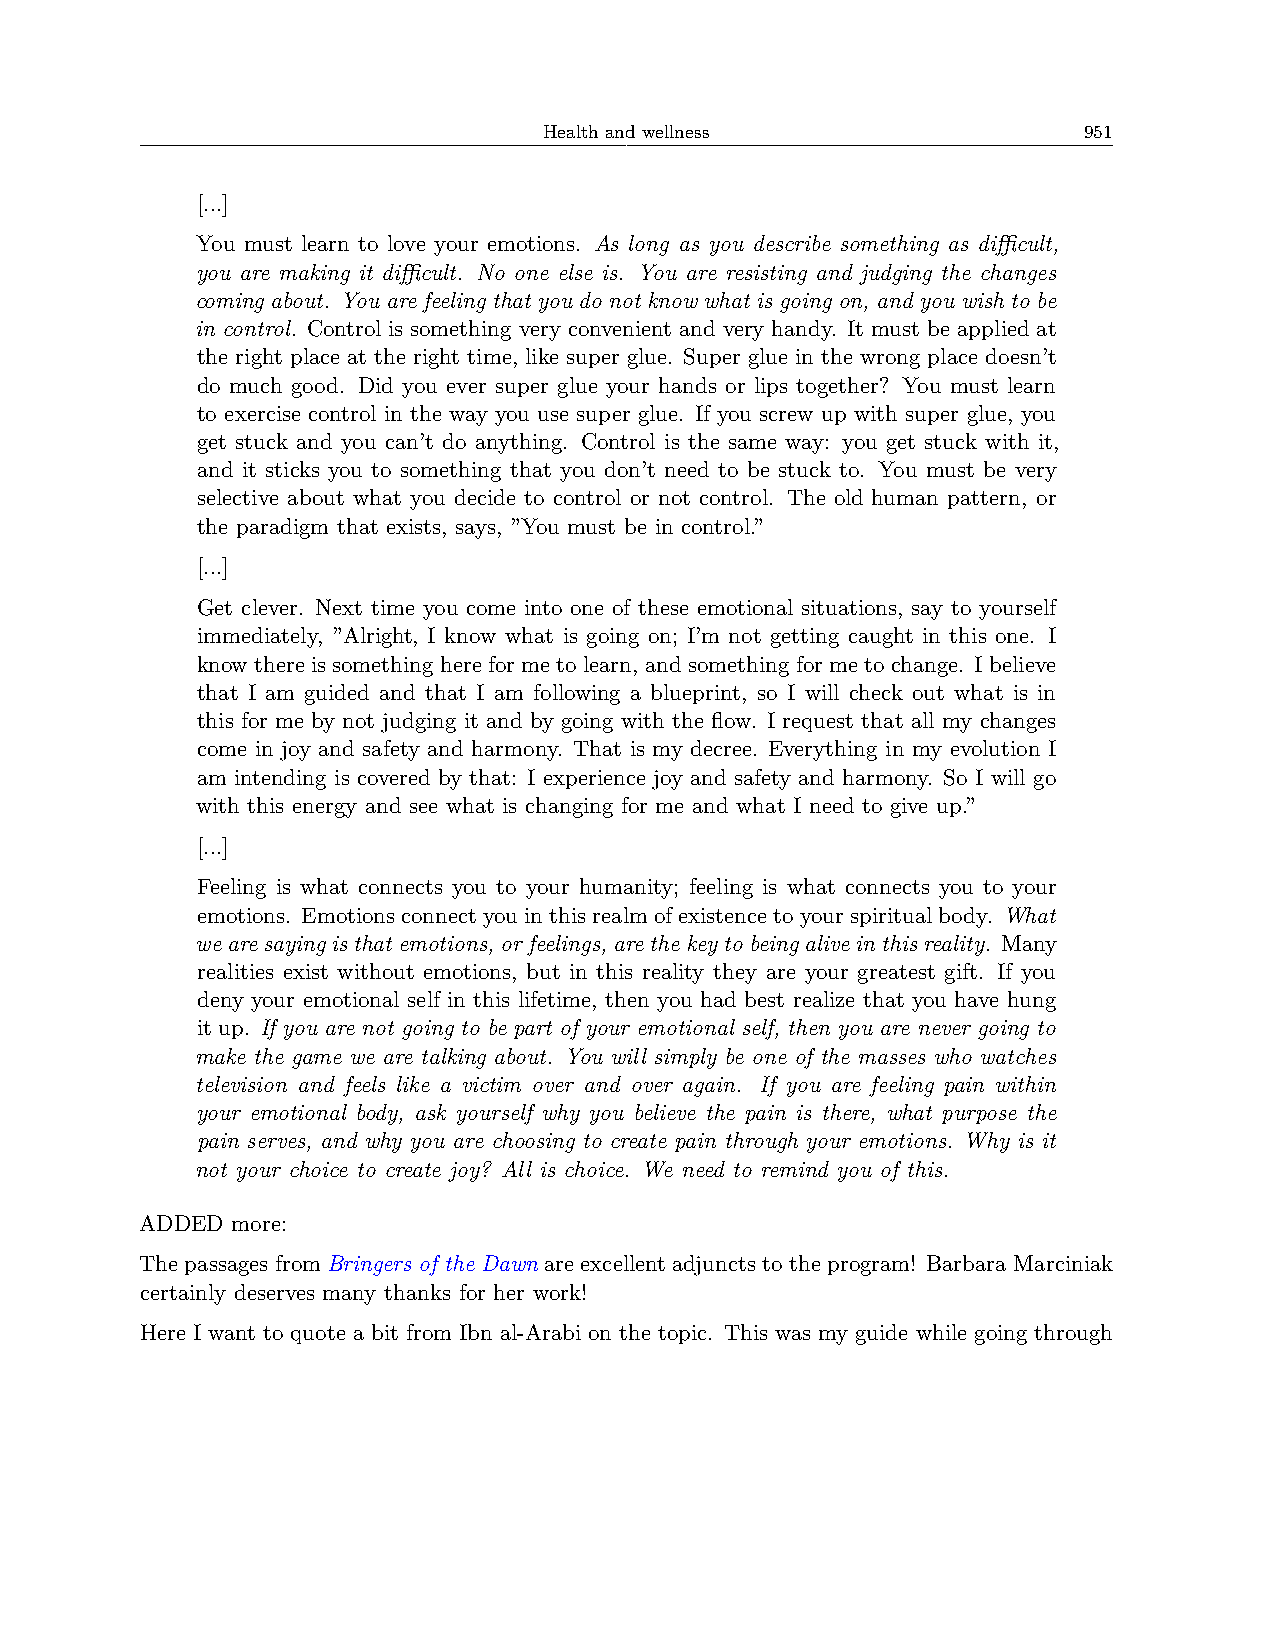
Health and wellness                 951
 [...]
 You must learn to love your emotions. As long as you describe something as diﬀicult,
 you are making it diﬀicult. No one else is. You are resisting and judging the changes
 coming about. You are feeling that you do not know what is going on, and you wish to be
 in control. Control is something very convenient and very handy. It must be applied at
 the right place at the right time, like super glue. Super glue in the wrong place doesn’t
 do much good. Did you ever super glue your hands or lips together? You must learn
 to exercise control in the way you use super glue. If you screw up with super glue, you
 get stuck and you can’t do anything. Control is the same way: you get stuck with it,
 and it sticks you to something that you don’t need to be stuck to. You must be very
 selective about what you decide to control or not control. The old human pattern, or
 the paradigm that exists, says, ”You must be in control.”
 [...]
 Get clever. Next time you come into one of these emotional situations, say to yourself
 immediately, ”Alright, I know what is going on; I’m not getting caught in this one. I
 knowthereissomethinghereformetolearn, andsomethingformetochange. Ibelieve
 that I am guided and that I am following a blueprint, so I will check out what is in
 this for me by not judging it and by going with the flow. I request that all my changes
 come in joy and safety and harmony. That is my decree. Everything in my evolution I
 am intending is covered by that: I experience joy and safety and harmony. So I will go
 with this energy and see what is changing for me and what I need to give up.”
 [...]
 Feeling is what connects you to your humanity; feeling is what connects you to your
 emotions. Emotionsconnectyouinthisrealmofexistencetoyourspiritualbody. What
 wearesayingisthatemotions, orfeelings, arethekeytobeingaliveinthisreality. Many
 realities exist without emotions, but in this reality they are your greatest gift. If you
 deny your emotional self in this lifetime, then you had best realize that you have hung
 it up. If you are not going to be part of your emotional self, then you are never going to
 make the game we are talking about. You will simply be one of the masses who watches
 television and feels like a victim over and over again. If you are feeling pain within
 your emotional body, ask yourself why you believe the pain is there, what purpose the
 pain serves, and why you are choosing to create pain through your emotions. Why is it
 not your choice to create joy? All is choice. We need to remind you of this.
 ADDED more:
 The passages from Bringers of the Dawn are excellent adjuncts to the program! Barbara Marciniak
 certainly deserves many thanks for her work!
 Here I want to quote a bit from Ibn al-Arabi on the topic. This was my guide while going through